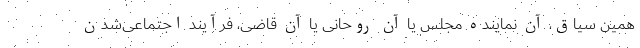
همین سیاق، آن نماینده مجلس یا آن روحانی یا آن قاضی، فرآیند اجتماعی‌شدن